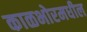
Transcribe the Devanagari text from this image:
काळभोरमधील